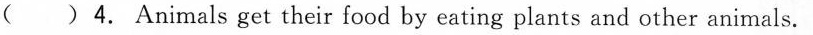
()4. Animals get their food by eating plants and other animals.